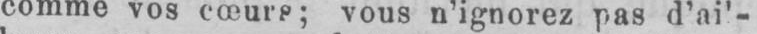
comme vos cœurs; vous n’ignorez pas d’ai’-